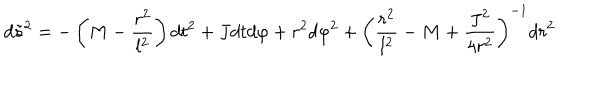
LaTeX: d { \tilde { s } } ^ { 2 } = - \left( M - \frac { r ^ { 2 } } { l ^ { 2 } } \right) d t ^ { 2 } + J d t d \varphi + r ^ { 2 } d \varphi ^ { 2 } + \left( \frac { r ^ { 2 } } { l ^ { 2 } } - M + \frac { J ^ { 2 } } { 4 r ^ { 2 } } \right) ^ { - 1 } d r ^ { 2 }